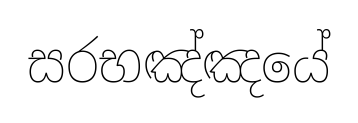
සරභඤ්ඤයේ